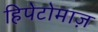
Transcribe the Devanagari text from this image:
हिपेटोमाज़